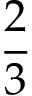
\frac { 2 } { 3 }